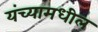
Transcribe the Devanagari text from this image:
यंच्यामधील